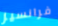
فرانسيز